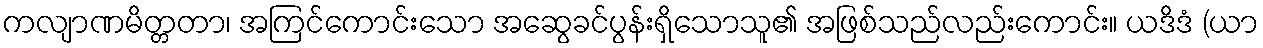
ကလျာဏမိတ္တတာ၊ အကြင်ကောင်းသော အဆွေခင်ပွန်းရှိသောသူ၏ အဖြစ်သည်လည်းကောင်း။ ယဒိဒံ (ယာ